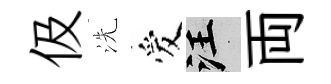
伋洗爱汪両